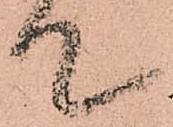
て